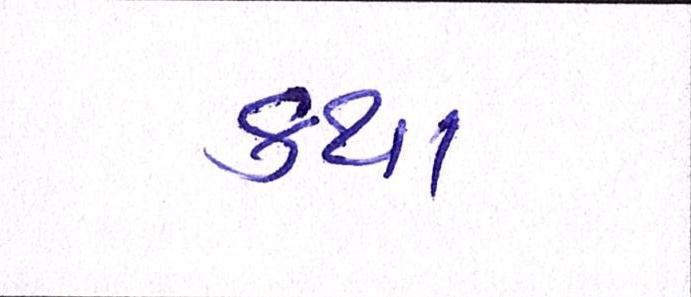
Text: કથા